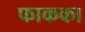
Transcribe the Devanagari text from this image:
फाकका